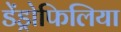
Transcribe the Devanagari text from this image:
डेंड्रोफिलिया